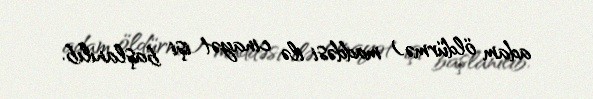
adam öldürmə) maddəsi ilə cinayət işi başlanılıb.